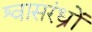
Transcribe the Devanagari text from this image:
श्वासरंध्रों